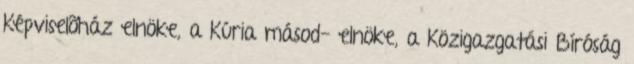
Képviselõház elnöke, a Kúria másod- elnöke, a Közigazgatási Bíróság